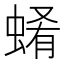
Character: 𧍂